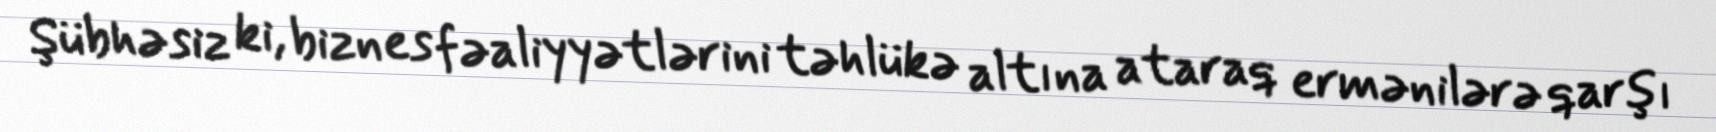
Şübhəsiz ki, biznes fəaliyyətlərini təhlükə altına ataraq ermənilərə qarşı